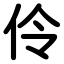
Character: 伶